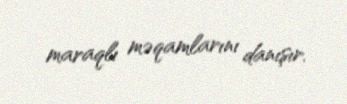
maraqlı məqamlarını danışır.